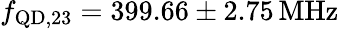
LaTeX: f_{\mathrm{QD,23}}=399.66\pm 2.75\, \mathrm{MHz}